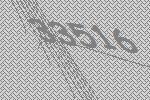
33516